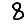
Digit: 8